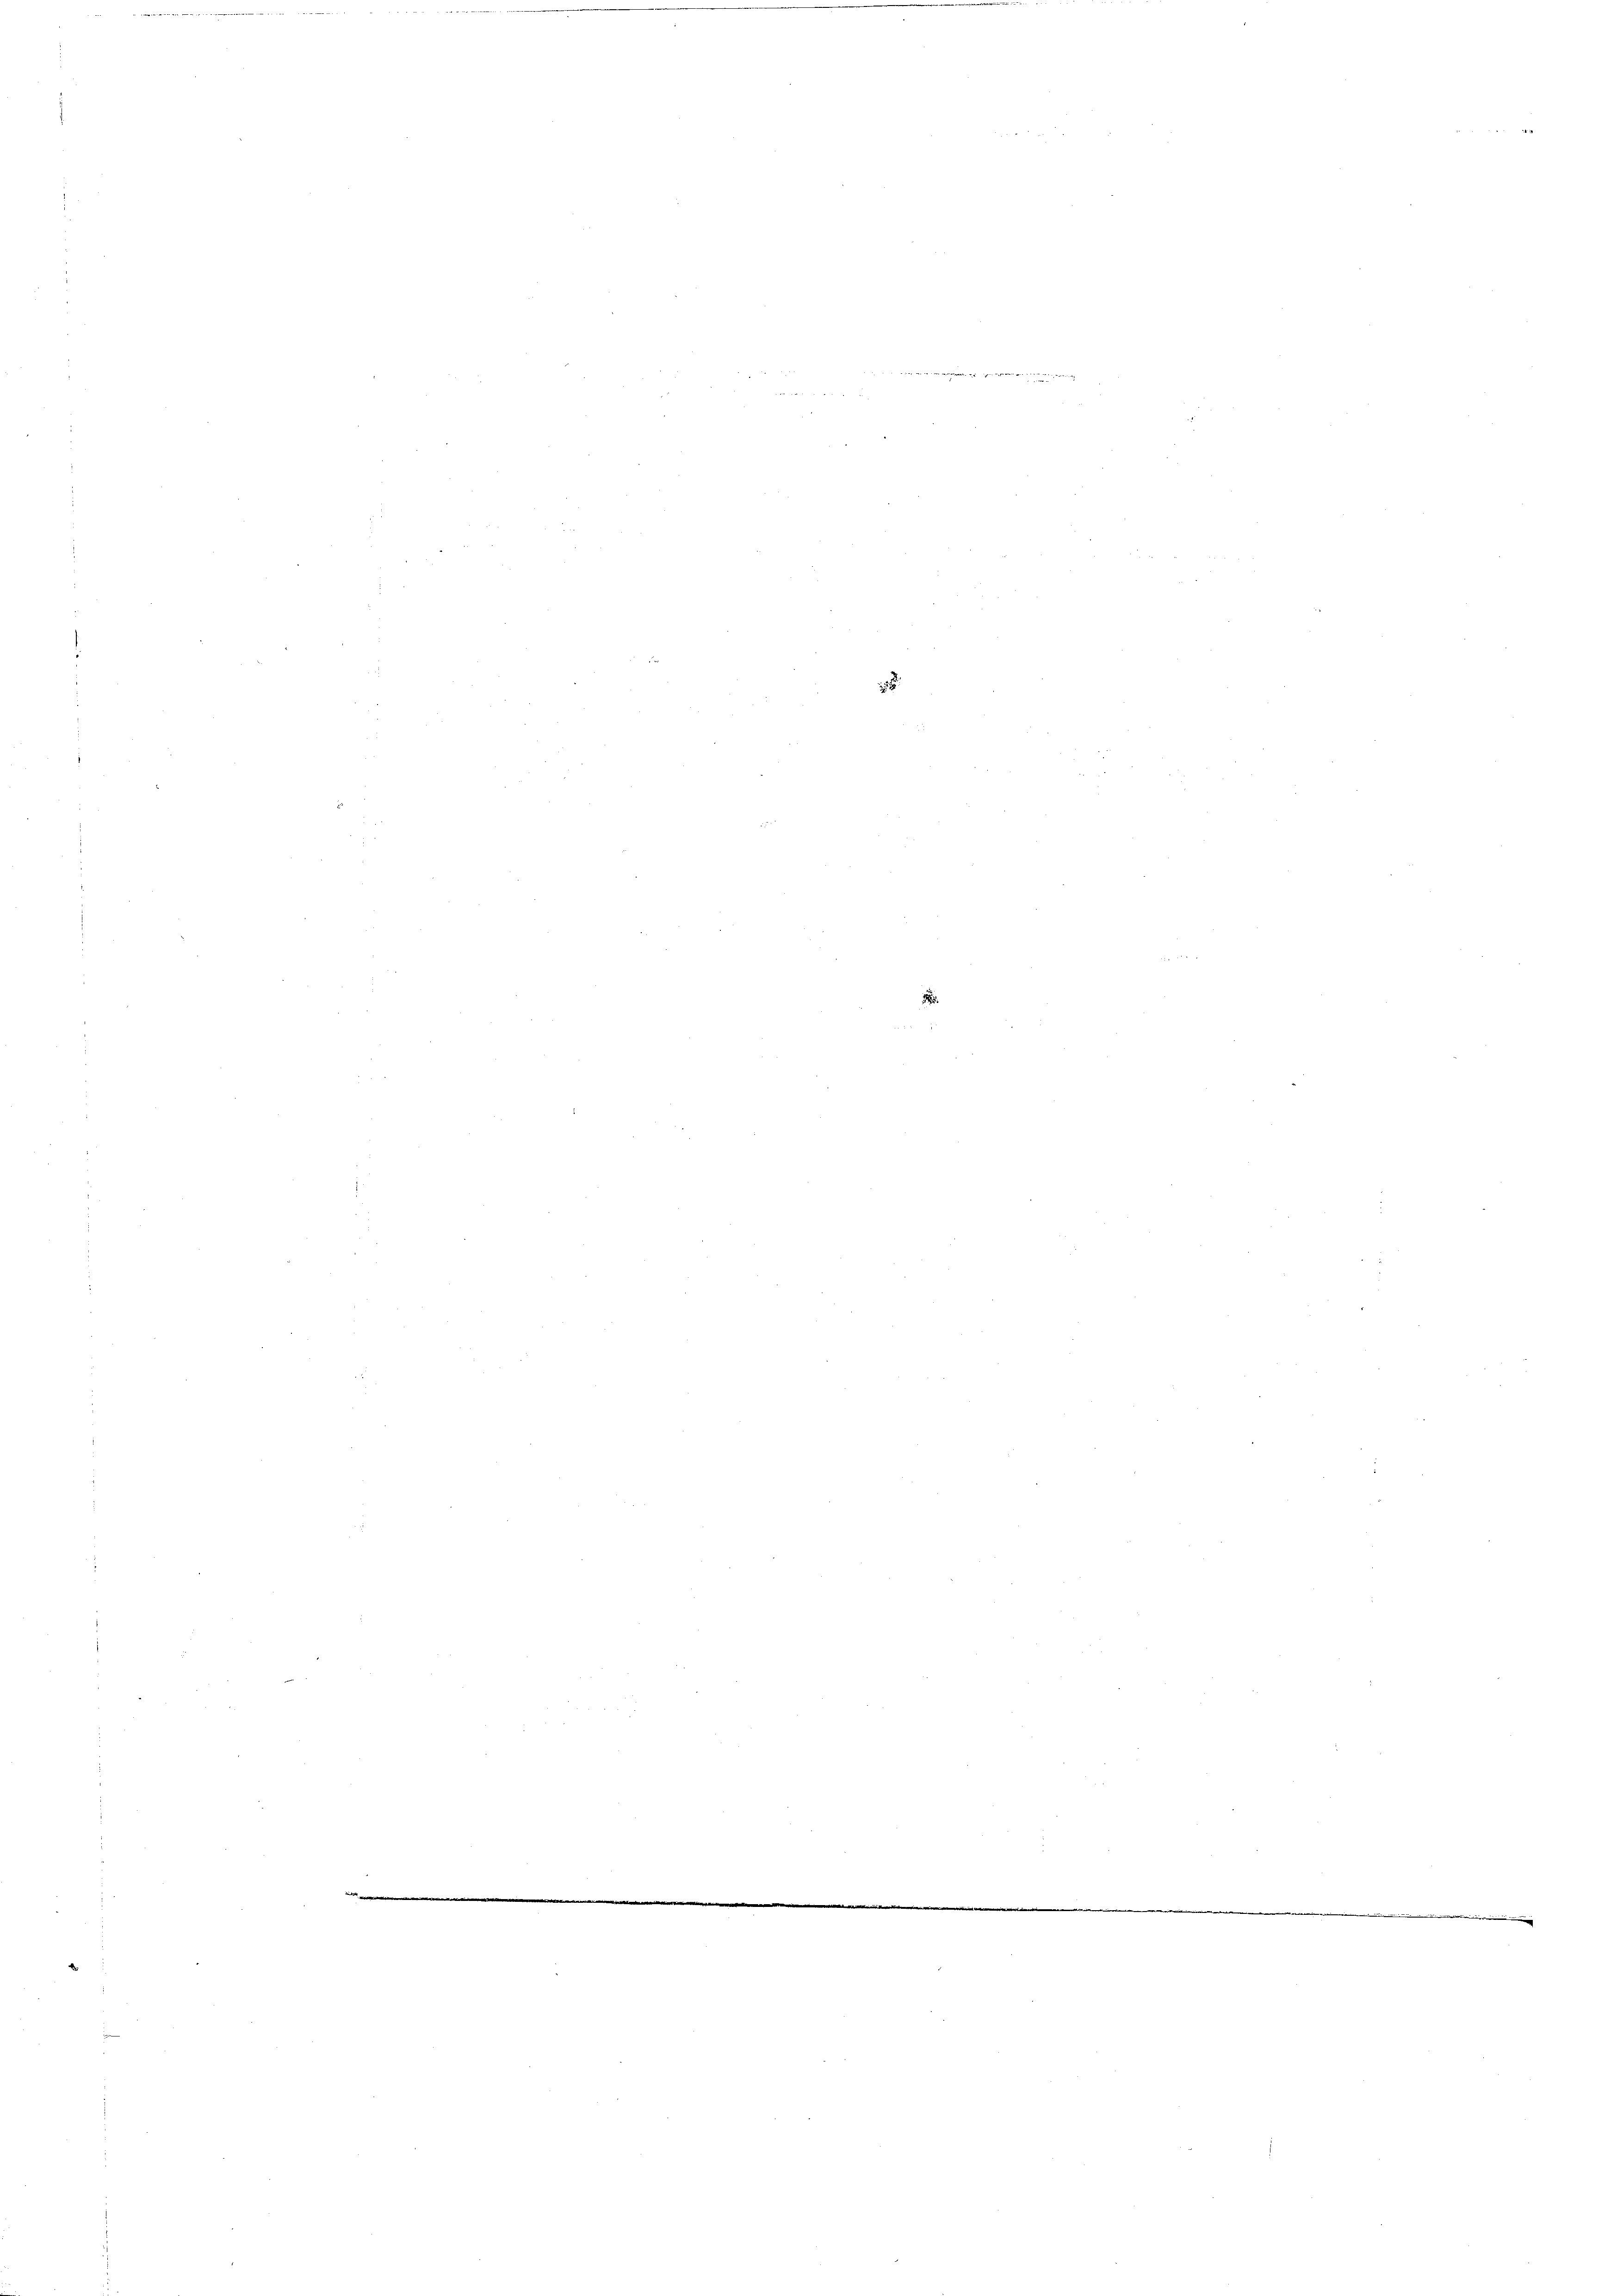
1

mniren |